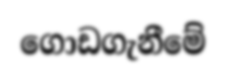
ගොඩගැනීමේ